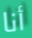
أنا